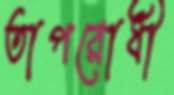
তাপরোধী